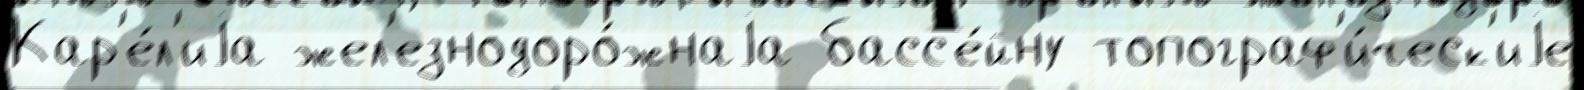
Кар'е́л'иjа жел'езнодоро́жнаjа басс'е́йну топограф'и́ческ'иjе